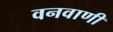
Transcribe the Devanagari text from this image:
वनवाणी